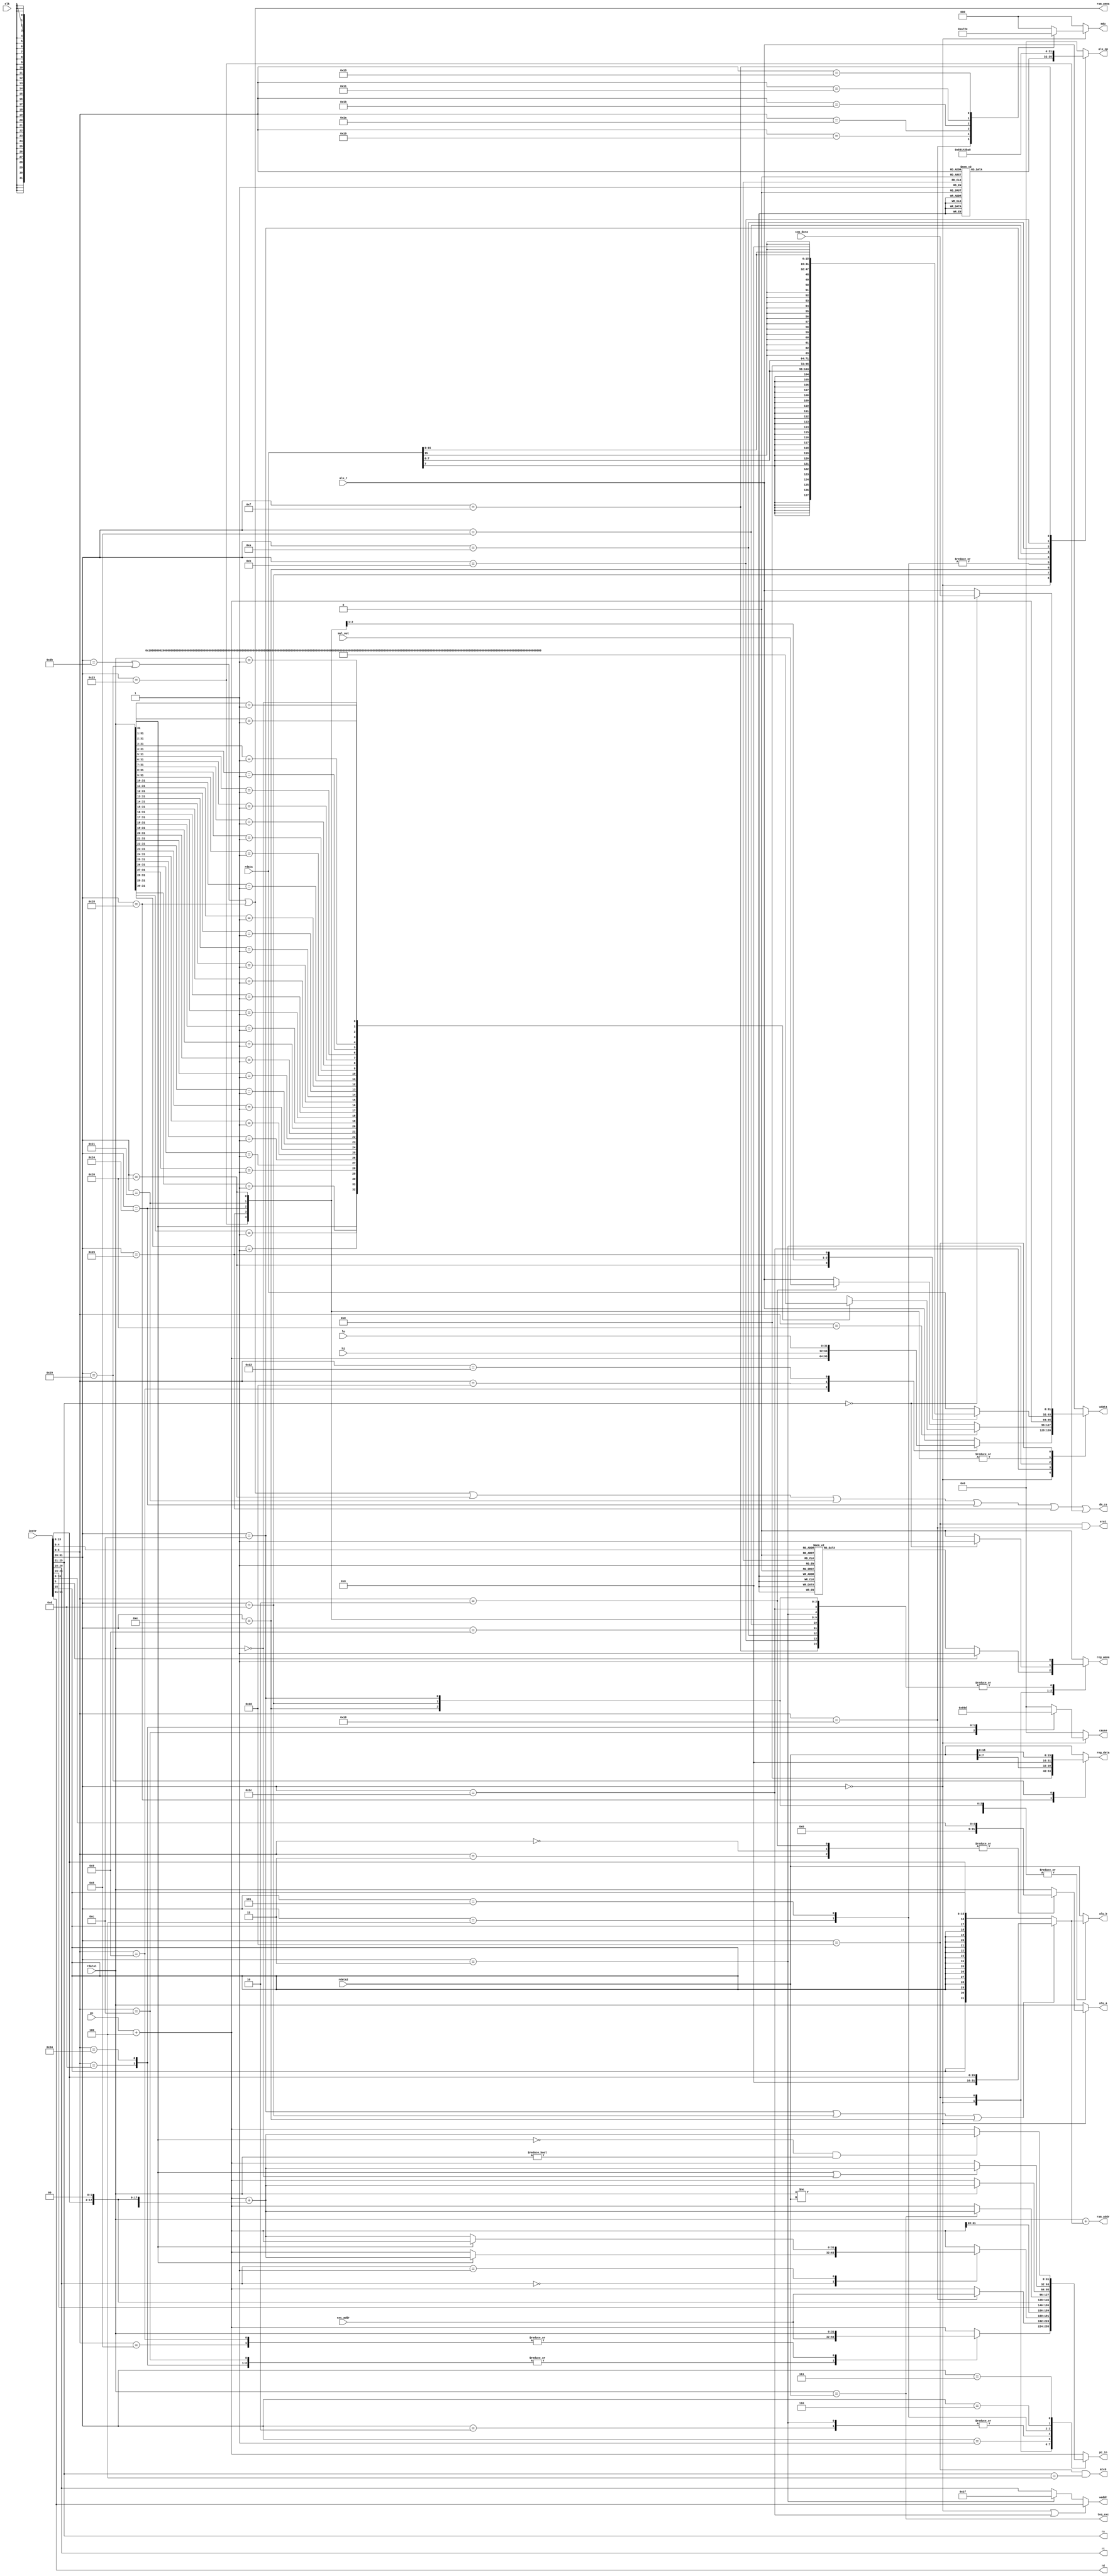
`timescale 1ns / 1ps
//////////////////////////////////////////////////////////////////////////////////
// Company: 
// Engineer: 
// 
// Design Name: 
// Module Name: control
// Project Name: 
// Target Devices: 
// Tool Versions: 
// Description: 
// 
// Dependencies: 
// 
// Revision:
// Revision 0.01 - File Created
// Additional Comments:
// 
//////////////////////////////////////////////////////////////////////////////////


module control(

        input [31:0] instr,

        input [31:0] rdata1, rdata2,
        input [31:0] pc,rdata,hi,lo,alu_r,cop_data,mul_out,

        input [31:0] exc_addr,
        input clk,

        output mtc0,eret,teq_exc,
        output reg [2:0] mdu,
        output reg reg_wena,
        output ram_wena,
        
        output reg [3:0] cause,
        output [4:0] rs,rt,rd,waddr,
        output reg [31:0] wdata,reg_data,
        output [31:0] ram_addr,
        output reg [31:0] pc_in,
        
        output reg [31:0] alu_a,alu_b,
        output reg [3:0] alu_op,
        output  dm_cs
        );
    
    
    //******MIPS-55*********//
    parameter   //SPECIAL OP LIST   5-0
                ADDU    =   6'b100001,
                SUBU    =   6'b100011,
                ADD     =   6'b100000,
                SUB     =   6'b100010,
                AND     =   6'b100100,
                OR      =   6'b100101,
                XOR     =   6'b100110,
                NOR     =   6'b100111,
                SLT     =   6'b101010,
                SLTU    =   6'b101011,
                SRL     =   6'b000010,
                SRA     =   6'b000011,
                SLL     =   6'b000000,
                SLLV    =   6'b000100,
                SRLV    =   6'b000110,
                SRAV    =   6'b000111,
                JR      =   6'b001000,
                JALR    =   6'b001001,
                MULT    =    6'b011000,
                MULTU   =   6'b011001,
                DIV     =   6'b011010,
                DIVU    =   6'b011011,
                MFHI    =   6'b010000,
                MFLO    =   6'b010010,
                MTHI    =   6'b010001,
                MTLO    =   6'b010011,
                BREAK   =   6'b001101,
                SYSCALL =   6'b001100,
                TEQ     =   6'b110100,
                //SPECIAL 2 func
                CLZ        =   6'b100000,
                MUL        =   6'b000010,
                //REGIMM OP LIST 20-16
                BLTZ    =   5'b00000,
                BGEZ    =   5'b00001,
                //COP0 OP LIST 
                ERET    =   6'b011000,  //5-0&&25TH=1
                MFC0    =   5'b00000,   //20-16
                MTC0    =   5'b00100,
                //OPCODE FIELD  31-26
                ADDI    =   6'b001000,
                ADDIU   =   6'b001001,
                ANDI    =   6'b001100,
                ORI     =   6'b001101,
                XORI    =   6'b001110,
                LW      =   6'b100011,
                SW      =   6'b101011,
                BEQ     =   6'b000100,
                BNE     =   6'b000101,
                BLEZ    =   6'b000110,
                BGTZ    =   6'b000111,
                SLTI    =   6'b001010,
                SLTIU   =   6'b001011,
                LUI     =   6'b001111,
                J       =   6'b000010,
                JAL     =   6'b000011,
                LB      =   6'b100000,//    Load Byte Function=6'h24    
                LBU     =   6'b100100,//    1Load Byte Unsigned 
                LH      =   6'b100001,//    Load high 
                LHU     =   6'b100101,//    Load High Unsigned
                SB      =   6'b101000,//    Send Byte
                SH      =   6'b101001,//    Send High
                
                SPECIAL =   6'b000000,
                SPECIAL2=    6'b011100,
                REGIMM  =   6'b000001,
                COP0    =   6'b010000;  

    //ALU OPCODE                
    parameter   _ADDU   =   4'b0000;    //r=a+b unsigned
    parameter   _ADD    =   4'b0010;    //r=a+b signed
    parameter   _SUBU   =   4'b0001;    //r=a-b unsigned
    parameter   _SUB    =   4'b0011;    //r=a-b signed
    parameter   _AND    =   4'b0100;    //r=a&b
    parameter   _OR     =   4'b0101;    //r=a|b
    parameter   _XOR    =   4'b0110;    //r=a^b
    parameter   _NOR    =   4'b0111;    //r=~(a|b)
    
    parameter   _LUI    =   4'b1000;    //r={b[15:0],16'b0}
    parameter   _SLT    =   4'b1011;    //r=(a-b<0)?1:0 signed
    parameter   _SLTU   =   4'b1010;    //r=(a-b<0)?1:0 unsigned
    parameter   _SRA    =   4'b1100;    //r=b>>>a 
    parameter   _SLL    =   4'b1110;    //r=b<<a
    parameter   _SRL    =   4'b1101;    //r=b>>a
    
    parameter    _SYSCALL=   4'b1000,
                _BREAK    =   4'b1001,
                _TEQ    =   4'b1101;
            
    wire [5:0]  op        =  instr[31:26];
    assign         rs        =  instr[25:21];
    assign         rt        =  instr[20:16];
    assign        rd        =  instr[15:11];
    wire [5:0]  func    =  instr[5:0];
    
    wire [4:0]  shamt   =  instr[10:6];
    wire [15:0] imm     =  instr[15:0];
    wire [25:0] addr    =  instr[25:0];
    
    parameter   SIGN    =   1'b1;
    parameter   UNSIGN  =   1'b0;
    wire     imm_sign    =   (op==ANDI||op==ORI||op==XORI)?UNSIGN:SIGN;
    
    wire [31:0] shamt_ext        =   {27'b0,shamt};
    wire [31:0] imm_ext            =   imm_sign?{{(16){imm[15]}},imm}:{16'b0,imm};

    reg  [31:0] load_data,clz_data;
    
    assign    waddr    =    (op==SPECIAL||op==SPECIAL2)?    rd:    (op==JAL)    ?5'b11111:rt;
    
    always@(*)begin
        case(op)
            SB:     reg_data    =   {24'b0,rdata2[7:0]};
            SH:     reg_data    =   {16'b0,rdata2[15:0]};
            SW:     reg_data    =   rdata2;
            default:reg_data    =    rdata2;
        endcase
        
        case(op)
            LB:     load_data   =   {{24{rdata[7]}},rdata[7:0]};
            LBU:    load_data   =   {24'b0,rdata[7:0]};
            LH:     load_data   =   {{16{rdata[15]}},rdata[15:0]};
            LHU:    load_data   =   {16'b0,rdata[15:0]};
            LW:     load_data   =   rdata;
            default:load_data   =   rdata;
        endcase
        
        if(op==SPECIAL)
            case(func)
                SYSCALL:cause    =    _SYSCALL;
                BREAK:    cause    =    _BREAK;
                TEQ:    cause    =    _TEQ;
                default:cause    =    5'b0;
            endcase
        else             cause    =    5'b0;
        
        /*
   mult
   multu
   div    
   divu
   mthi
   mtlo
   mul
        */
        
        if(op==SPECIAL)
            case(func)
                MULT:    mdu        =    3'h1;
                MULTU:    mdu        =    3'h2;
                DIV:    mdu        =    3'h3;
                DIVU:    mdu        =    3'h4;
                MTHI:    mdu        =    3'h5;
                MTLO:    mdu        =    3'h6;
                default:mdu        =    3'h0;
            endcase
        else             mdu        =    3'h0;
    end
    
    wire [31:0] npc                =   pc+4;
    
    wire [31:0] pc_branch        =   npc    +    {{(14){imm[15]}},imm,2'b00};
    wire [31:0] pc_jmp            =    {npc[31:28],addr,2'b00};

    assign    ram_addr    =   rdata1  +   imm_ext;
    assign    eret        =    op==COP0 && func==ERET;
    wire    mfc0        =    op==COP0 && rs==MFC0;
    assign    mtc0        =    op==COP0 && rs==MTC0;
    assign    teq_exc        =    rdata1==rdata2;
    
    parameter   ENA     =   1'b1;
    parameter   DIS     =   1'b0;
            
    wire mem_load   =   op==LB || op==LH || op==LBU || op==LHU || op==LW;
    assign ram_wena =   op==SW || op==SH || op==SB;
    assign dm_cs=op==SW || op==SH || op==SB||op==LB || op==LH || op==LBU || op==LHU || op==LW;
    integer i;    
    
    always@(*)begin

        
        case(op)
            SPECIAL: case(func)
                MULTU,
                DIV,
                DIVU,
                JR,
                MTHI,
                MTLO,
                BREAK,
                SYSCALL:reg_wena    =   DIS;
                default:reg_wena    =   ENA;    
            endcase
            COP0:       reg_wena    =   rs==MFC0?ENA:DIS;
            SPECIAL2,
            LB,
            LBU,
            LH,
            LHU,
            ADDI,
            ADDIU,
            ANDI,
            ORI,
            XORI,
            LW,
            SLTI,
            SLTIU,
            LUI,
            JAL:        reg_wena    =   ENA;            
            default:    reg_wena    =   DIS;
        endcase
        
        case(op)
            SPECIAL:case(func)
                JALR:    wdata   =   npc;
                MFHI:   wdata   =   hi;
                MFLO:   wdata   =   lo;
                default:wdata   =   alu_r;
            endcase 
            SPECIAL2:begin
                if(func==CLZ) casez(rdata1)
                    32'b1???????????????????????????????:   wdata   =       32'h0;
                    32'b01??????????????????????????????:   wdata   =       32'h1;
                    32'b001?????????????????????????????:   wdata   =       32'h2;
                    32'b0001????????????????????????????:   wdata   =       32'h3;
                    32'b00001???????????????????????????:   wdata   =       32'h4;
                    32'b000001??????????????????????????:   wdata   =       32'h5;
                    32'b0000001?????????????????????????:   wdata   =       32'h6;
                    32'b00000001????????????????????????:   wdata   =       32'h7;
                    32'b000000001???????????????????????:   wdata   =       32'h8;
                    32'b0000000001??????????????????????:   wdata   =       32'h9;
                    32'b00000000001?????????????????????:   wdata   =       32'ha;
                    32'b000000000001????????????????????:   wdata   =       32'hb;
                    32'b0000000000001???????????????????:   wdata   =       32'hc;
                    32'b00000000000001??????????????????:   wdata   =       32'hd;
                    32'b000000000000001?????????????????:   wdata   =       32'he;
                    32'b0000000000000001????????????????:   wdata   =       32'hf;
                    32'b00000000000000001???????????????:   wdata   =       32'h10;
                    32'b000000000000000001??????????????:   wdata   =       32'h11;
                    32'b0000000000000000001?????????????:   wdata   =       32'h12;
                    32'b00000000000000000001????????????:   wdata   =       32'h13;
                    32'b000000000000000000001???????????:   wdata   =       32'h14;
                    32'b0000000000000000000001??????????:   wdata   =       32'h15;
                    32'b00000000000000000000001?????????:   wdata   =       32'h16;
                    32'b000000000000000000000001????????:   wdata   =       32'h17;
                    32'b0000000000000000000000001???????:   wdata   =       32'h18;
                    32'b00000000000000000000000001??????:   wdata   =       32'h19;
                    32'b000000000000000000000000001?????:   wdata   =       32'h1a;
                    32'b0000000000000000000000000001????:   wdata   =       32'h1b;
                    32'b00000000000000000000000000001???:   wdata   =       32'h1c;
                    32'b000000000000000000000000000001??:   wdata   =       32'h1d;
                    32'b0000000000000000000000000000001?:   wdata   =       32'h1e;
                    32'b00000000000000000000000000000001:   wdata   =        32'h1f;
                    32'b00000000000000000000000000000000:    wdata   =       32'h20;
                endcase
                 else if(func==MUL)    wdata    =    mul_out;
                 else                wdata   =   alu_r;
            end
            JAL:                    wdata   =   npc;
            LW,LB,LH,LBU,LHU:        wdata   =   load_data;
            COP0:    if(rs==MFC0)    wdata   =   cop_data;
                    else            wdata   =   alu_r;
            default:                wdata   =   alu_r;
        endcase

        //Below is OK
        
        case(op)
            SPECIAL: case(func)
                SLL,
                SRL,
                SRA:begin
                    alu_a   =   shamt_ext;
                    alu_b   =   rdata2;
                end
                default:begin
                    alu_a   =   rdata1;
                    alu_b   =   rdata2;
                end
            endcase
            ADDI,
            ADDIU,
            ANDI,
            ORI,
            XORI,
            SLTI,
            SLTIU,
            LUI:begin
                    alu_a   =   rdata1;
                    alu_b   =   imm_ext;
            end
            default:begin
                    alu_a   =   rdata1;
                    alu_b   =   rdata2;
            end
        endcase
        
        //PC Source     
        case(op)
            SPECIAL: case(func)
                SYSCALL,
                TEQ,
                BREAK:  pc_in  =   exc_addr;
                JALR,
                JR:     pc_in  =   rdata1;   
                default:pc_in  =   npc; 
            endcase
            COP0: case(func)
                ERET:   pc_in  =   exc_addr;
                default:pc_in  =   npc;
            endcase
            REGIMM: case(rt)
                BLTZ:if(rdata1[31])
                        pc_in  =   pc_branch;
                    else
                        pc_in  =   npc;
                BGEZ:if(!rdata1[31])
                        pc_in  =   pc_branch;
                    else
                        pc_in  =   npc;
                default:pc_in  =   npc;
            endcase
            J,
            JAL:        pc_in  =   pc_jmp;
            BEQ:if(rdata1==rdata2)
                        pc_in  =   pc_branch;
                else    pc_in  =   npc;
            BNE:if(rdata1!=rdata2)
                        pc_in  =   pc_branch;
                else    pc_in  =   npc;
            BLEZ:if(rdata1[31] || rdata1==32'b0)
                        pc_in  =   pc_branch;
                else    pc_in  =   npc;
            BGTZ:if(!rdata1[31] && rdata1!=32'b0)
                        pc_in  =   pc_branch;
                else    pc_in  =   npc;
            default:    pc_in  =   npc; 
        endcase
            
        case(op)
            SPECIAL:case(func)
                ADDU:       alu_op  =   _ADDU;
                SUBU:       alu_op  =   _SUBU;
                ADD:        alu_op  =   _ADD;
                SUB:        alu_op  =   _SUB;
                AND:        alu_op  =   _AND;
                OR:         alu_op  =   _OR;
                XOR:        alu_op  =   _XOR;
                NOR:        alu_op  =   _NOR;
                SLT:        alu_op  =   _SLT;
                SRL:        alu_op  =   _SRL;
                SLL:        alu_op  =   _SLL;
                SRA:        alu_op  =   _SRA;
                SLTU:       alu_op  =   _SLTU;
                SRLV:       alu_op  =   _SRL;
                SLLV:       alu_op  =   _SLL;
                SRAV:       alu_op  =   _SRA;
                default:    alu_op  =   _ADDU;
            endcase 
            ORI:            alu_op  =   _OR;
            XORI:           alu_op  =   _XOR;
            BEQ:            alu_op  =   _SUBU;
            BNE:            alu_op  =   _SUBU;
            ANDI:           alu_op  =   _AND;
            ADDIU:          alu_op  =   _ADDU;
            ADDI:           alu_op  =   _ADD;
            SLTI:           alu_op  =   _SLT;
            SLTIU:          alu_op  =   _SLTU;
            LUI:            alu_op  =   _LUI;
            default:        alu_op  =   _ADDU;
        endcase
        
    end
endmodule